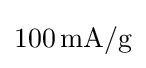
{100\,\mathrm {mA} /\mathrm {g} }